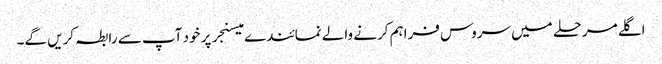
اگلے مرحلے میں سروس فراہم کرنے والے نمائندے میسنجر پر خود آپ سے رابطہ کریں گے۔